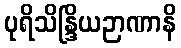
ပုရိသိန္ဒြိယဉာဏာနိ